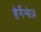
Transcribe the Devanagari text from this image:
हेर्नैन्डेज़